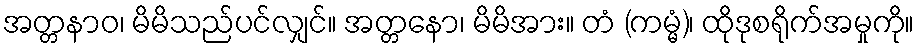
အတ္တနာဝ၊ မိမိသည်ပင်လျှင်။ အတ္တနော၊ မိမိအား။ တံ (ကမ္မံ)၊ ထိုဒုစရိုက်အမှုကို။